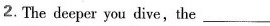
2.The deeper you dive,the___